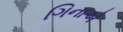
ગિનાએ